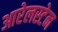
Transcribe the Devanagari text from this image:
आरेलस्टेन